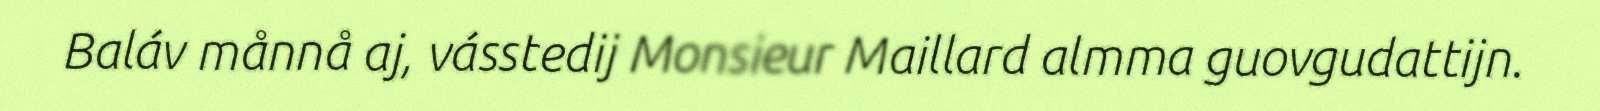
Baláv månnå aj, vásstedij Monsieur Maillard almma guovgudattijn.